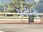
પસાસ